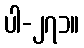
ပါ-၂၇၁။